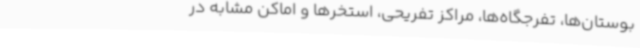
‌بوستان‌ها،‌ تفرجگاه‌ها،‌ مراکز تفریحی،‌ استخرها و اماکن مشابه در